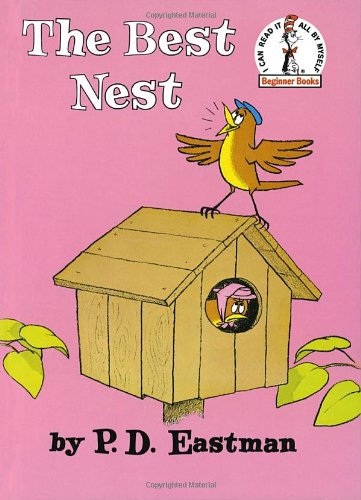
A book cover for The Best Nest (Beginner Books(R)); P.D. Eastman; Children's Books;